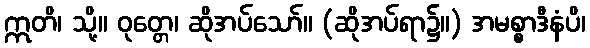
ဣတိ၊ သို့။ ဝုတ္တေ၊ ဆိုအပ်သော်။ (ဆိုအပ်ရာ၌။) အမစ္စာဒီနံပိ၊